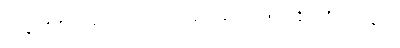
တေန၊ ထို ဝိတက်ကြောင့်။ ယောဂါဝစရော၊ ယောဂါဝစရ ပုဂ္ဂိုလ်ကို။ အာရမ္မဏံ၊